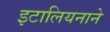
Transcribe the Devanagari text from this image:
इटालियनाने